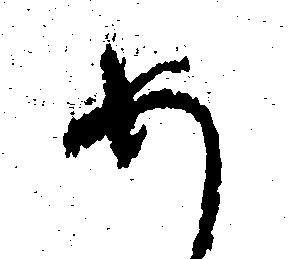
め